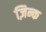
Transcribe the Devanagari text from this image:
ज़िन्क